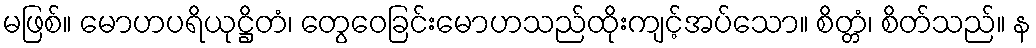
မဖြစ်။ မောဟပရိယုဋ္ဌိတံ၊ တွေဝေခြင်းမောဟသည်ထိုးကျင့်အပ်သော။ စိတ္တံ၊ စိတ်သည်။ န